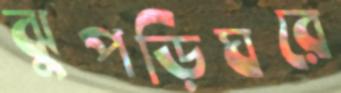
ঝুপড়িঘরে